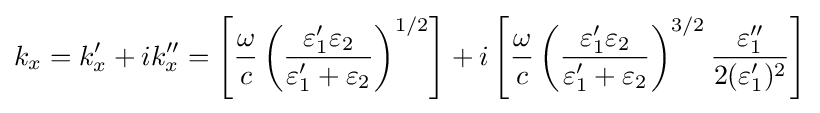
k_{x}=k_{x}'+ik_{x}''=\left[{\frac {\omega }{c}}\left({\frac {\varepsilon _{1}'\varepsilon _{2}}{\varepsilon _{1}'+\varepsilon _{2}}}\right)^{1/2}\right]+i\left[{\frac {\omega }{c}}\left({\frac {\varepsilon _{1}'\varepsilon _{2}}{\varepsilon _{1}'+\varepsilon _{2}}}\right)^{3/2}{\frac {\varepsilon _{1}''}{2(\varepsilon _{1}')^{2}}}\right]